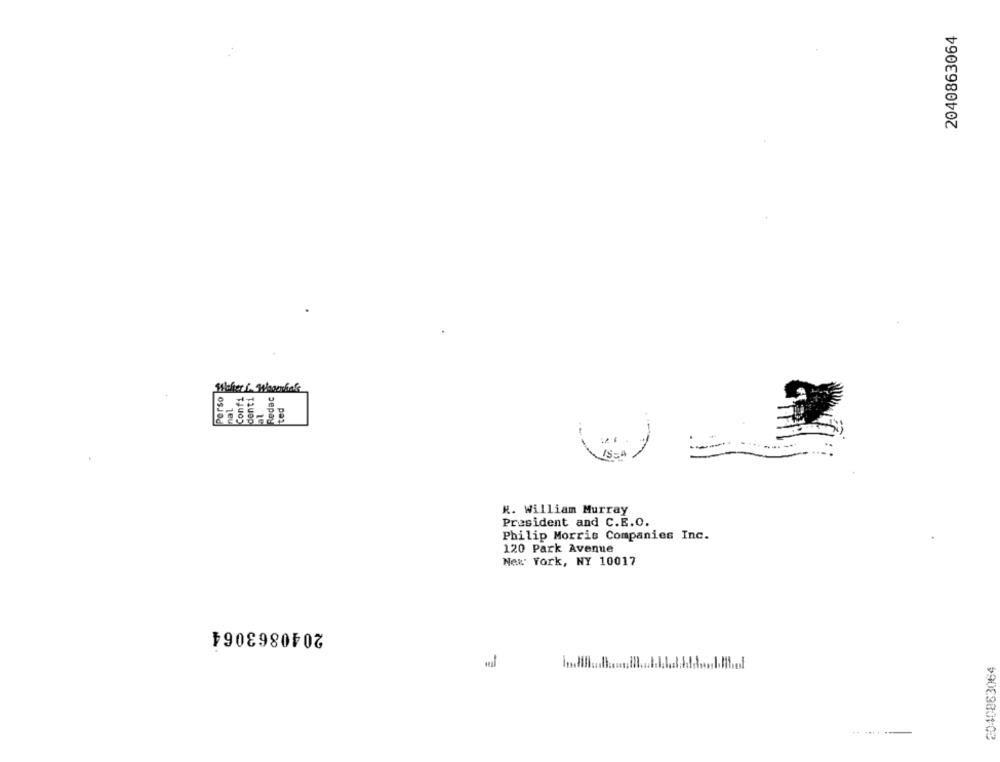
2040863064
denti
Perso
Woher S. Whathas
confi
Redac
al
ted
R. William Murray
President and C.E.O.
Philip Morris Companies Inc.
120 Park Avenue
New York, NY 10017
2040863064
2040863064